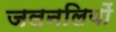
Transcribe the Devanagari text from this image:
जलनलियों